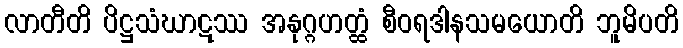
လာတီတိ ပိဋ္ဌသံဃာဋဿ အနုဂ္ဂဟတ္ထံ စီဝရဒါနသမယောတိ ဘူမိပတိ